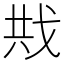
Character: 𪭍